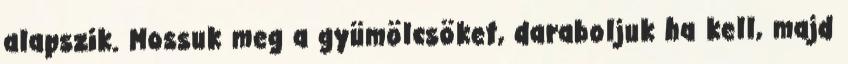
alapszik. Mossuk meg a gyümölcsöket, daraboljuk ha kell, majd